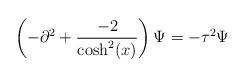
LaTeX: \begin{align*} \left( -\partial^2 +\frac{-2}{\cosh^2(x)}\right) \Psi = -\tau^2 \Psi\end{align*}